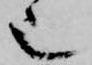
也